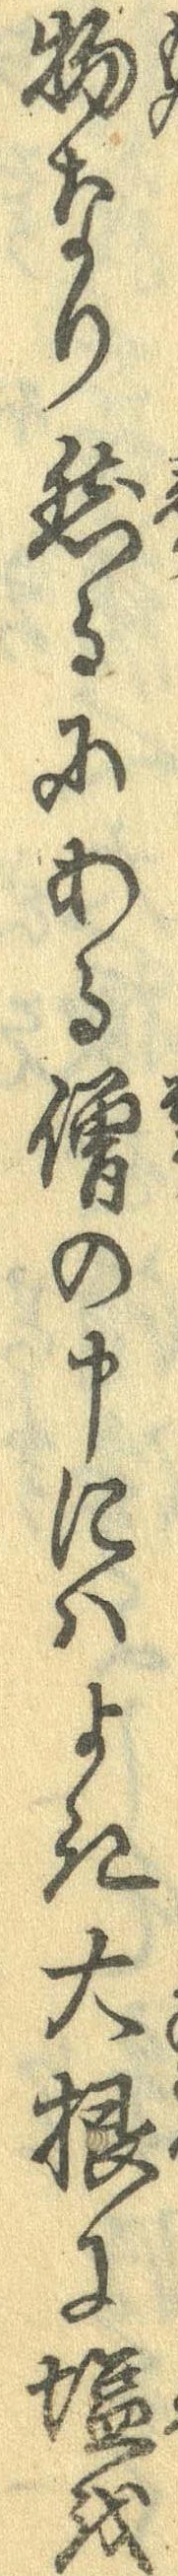
物なり然るにある僧の申にはよき大根に塩を